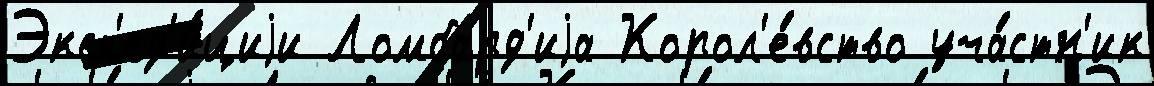
Эксп'ед'и́циjи Ломбард'иjа Корол'е́вство уча́стн'ик